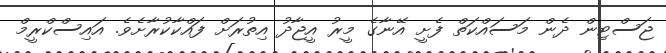
ޖަސްޓިން ދެން މަސައްކަތް ފެށީ އޭނާގެ މީރު އީޖާދު އިތުރަށް ފައްކާކުރާށެވެ. އައިސްކްރީމް